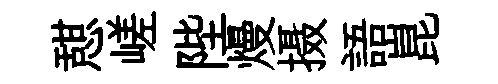
憇嵯陛熳摄語崑